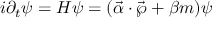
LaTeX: i { \partial } _ { t } \psi = H \psi = ( \vec { \alpha } \cdot \vec { \wp } + \beta m ) \psi